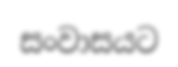
සංවාසයට